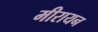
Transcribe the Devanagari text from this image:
मीरायन